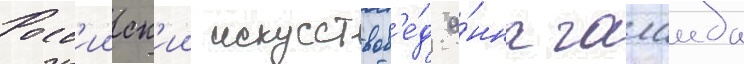
Росс'ииск'ии искусствов'е́д а́нна галаида